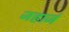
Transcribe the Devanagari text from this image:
जहाजं